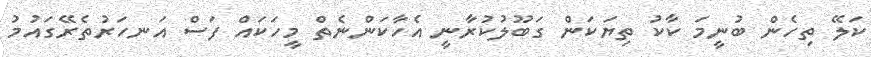
ކަލޭ ތިހެން ބުނީމަ ކާކު ތިޔަކަން ގަބޫލުކުރާނީ އެހާކަންނެތް މީހަކައް ފަސް އަނހަރުތެރޭގައުމު